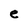
Character: e